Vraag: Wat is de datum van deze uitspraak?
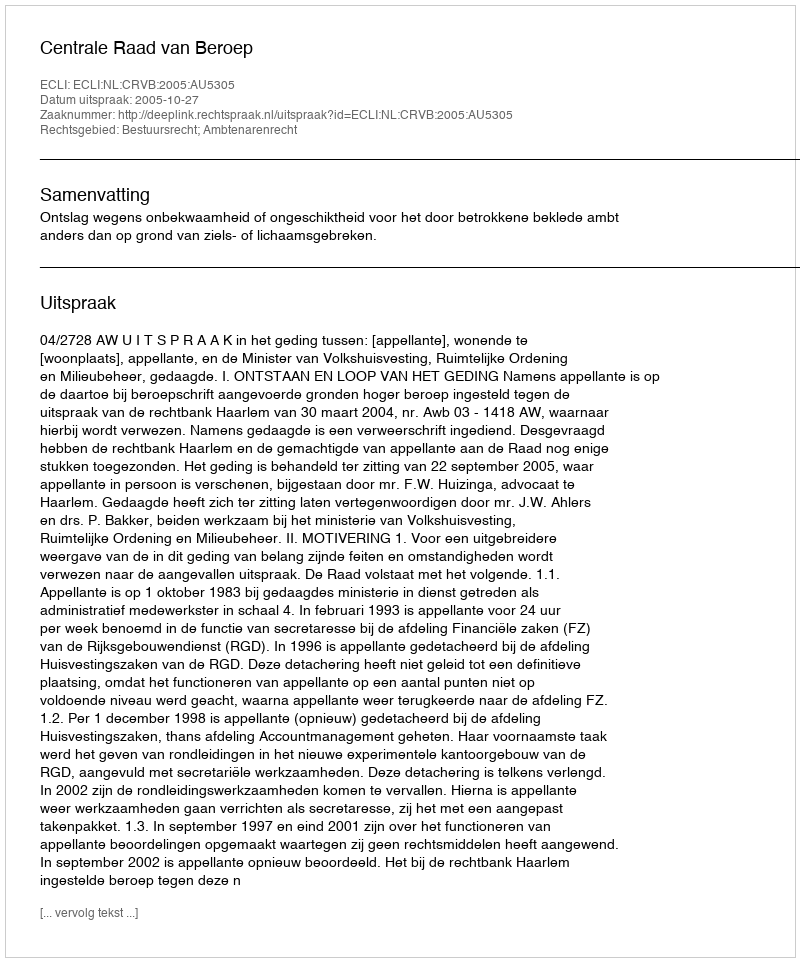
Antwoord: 2005-10-27